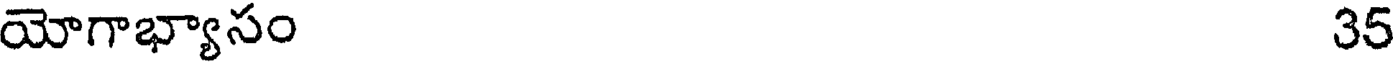
యోగాభ్యాసం 35